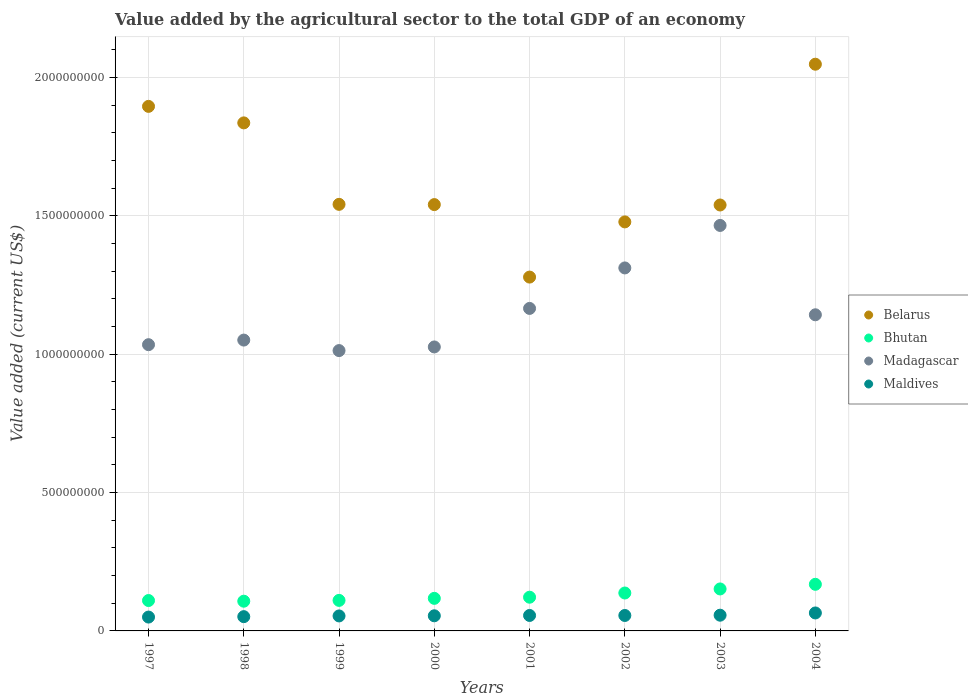
| Years | Belarus | Bhutan | Madagascar | Maldives |
 | --- | --- | --- | --- | --- |
 | 1997 | 1.9e+09 | 1.1e+08 | 1.03e+09 | 5.01e+07 |
 | 1998 | 1.84e+09 | 1.07e+08 | 1.05e+09 | 5.16e+07 |
 | 1999 | 1.54e+09 | 1.1e+08 | 1.01e+09 | 5.42e+07 |
 | 2000 | 1.54e+09 | 1.18e+08 | 1.03e+09 | 5.47e+07 |
 | 2001 | 1.28e+09 | 1.22e+08 | 1.17e+09 | 5.59e+07 |
 | 2002 | 1.48e+09 | 1.37e+08 | 1.31e+09 | 5.58e+07 |
 | 2003 | 1.54e+09 | 1.52e+08 | 1.47e+09 | 5.68e+07 |
 | 2004 | 2.05e+09 | 1.68e+08 | 1.14e+09 | 6.49e+07 |